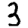
Digit: 3